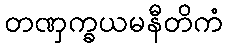
တဏှက္ခယမနီတိကံ